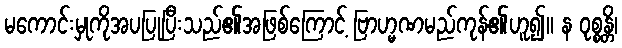
မကောင်းမှုကိုအပပြုပြီးသည်၏အဖြစ်ကြောင့် ဗြာဟ္မဏမည်ကုန်၏ဟူ၍။ န ဝုစ္စန္တိ၊